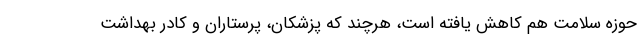
حوزه سلامت هم کاهش یافته است، هرچند که پزشکان، پرستاران و کادر بهداشت